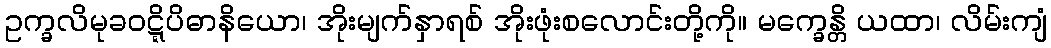
ဥက္ခလိမုခဝဋ္ဋိပိဓာနိယော၊ အိုးမျက်နှာရစ် အိုးဖုံးစလောင်းတို့ကို။ မက္ခေန္တိ ယထာ၊ လိမ်းကျံ